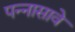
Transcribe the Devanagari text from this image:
पन्नासावे